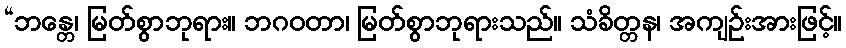
“ဘန္တေ၊ မြတ်စွာဘုရား။ ဘဂဝတာ၊ မြတ်စွာဘုရားသည်။ သံခိတ္တန၊ အကျဉ်းအားဖြင့်။